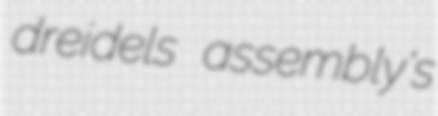
dreidels assembly's